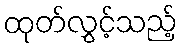
ထုတ်လွှင့်သည့်